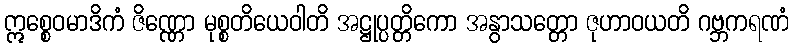
ဣစ္စေဝမာဒိကံ ဇိဏ္ဏော မုစ္စတိယေဝါတိ အဋ္ဌုပ္ပတ္တိကော အနွာသတ္တော ဇုဟာဝယတိ ဂဗ္ဘကရဏံ